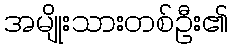
အမျိုးသားတစ်ဦး၏